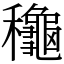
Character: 龝